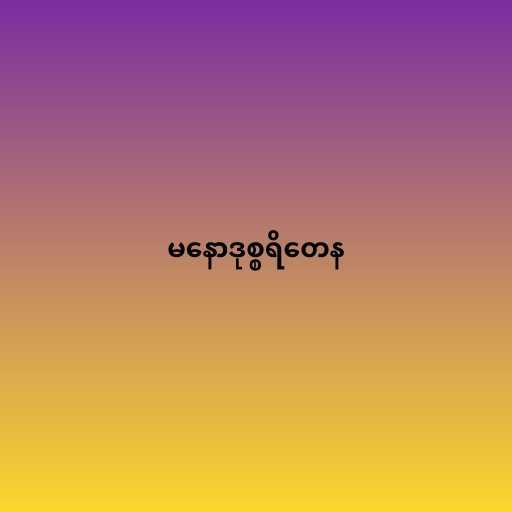
မနောဒုစ္စရိတေန